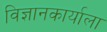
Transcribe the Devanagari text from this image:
विज्ञानकार्याला